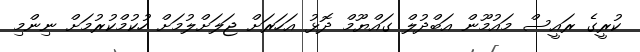
ކުރީގެ ރައީސް މައުމޫން އަބްދުލް ގައްޔޫމް ދޮޅު އަހަރަށް ޖަލަށްލުމަށް ހުކުމްކުރުމަށް ނިންމި